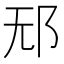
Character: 𰻡